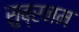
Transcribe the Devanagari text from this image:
सुब्रनम